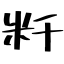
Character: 粁